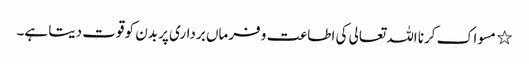
٭ مسواک کرنا اللہ تعالی کی اطاعت و فرماں برداری پر بدن کو قوت دیتا ہے۔